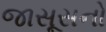
જાસૂસનો